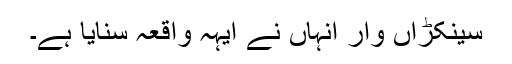
سینکڑاں وار انہاں نے ایہہ واقعہ سنایا ہے۔